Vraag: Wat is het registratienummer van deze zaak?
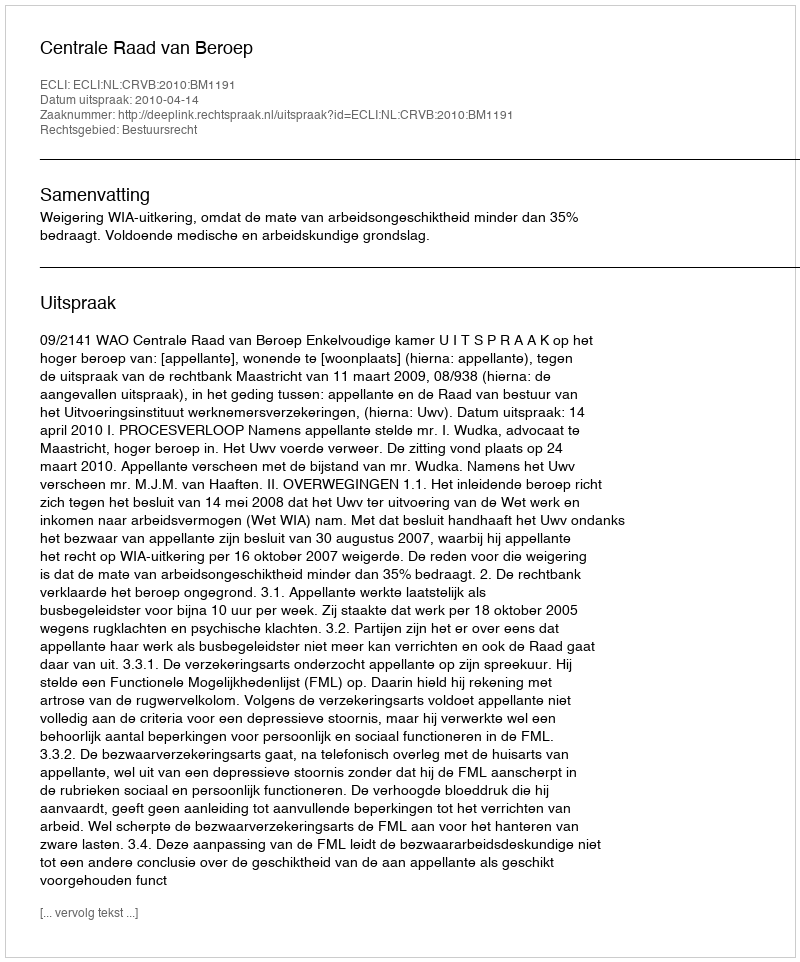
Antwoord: http://deeplink.rechtspraak.nl/uitspraak?id=ECLI:NL:CRVB:2010:BM1191